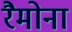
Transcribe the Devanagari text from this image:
रैमोना